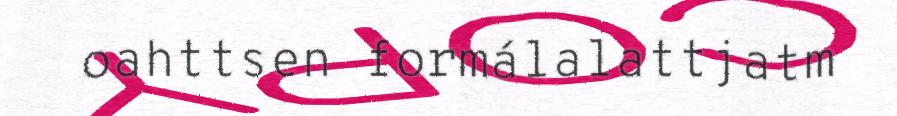
oahttsen formálalattjatm